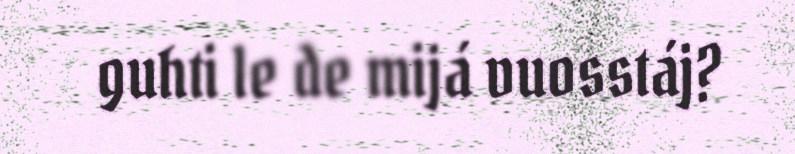
guhti le de mijá vuosstáj?